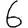
Digit: 6